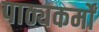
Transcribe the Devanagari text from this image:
पाठ्यकर्मों